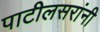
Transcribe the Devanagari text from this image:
पाटीलसरांनी